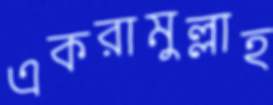
একরামুল্লাহ